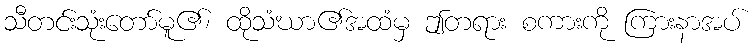
သီတင်းသုံးတော်မူ၏၊ ထိုသံဃာ၏အထံမှ ဤတရား စကားကို ကြားနာအပ်